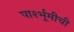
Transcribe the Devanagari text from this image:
पार्श्भूमीची